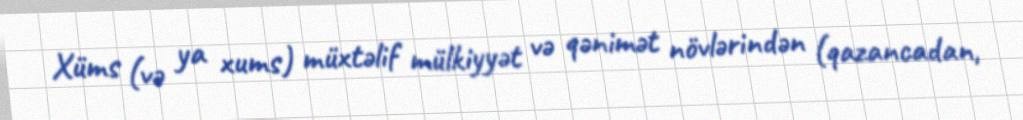
Xüms (və ya xums) müxtəlif mülkiyyət və qənimət növlərindən (qazancadan,